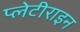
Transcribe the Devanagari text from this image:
प्लेटीराइन